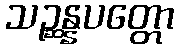
သဉ္ဆန္နပတ္တော